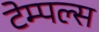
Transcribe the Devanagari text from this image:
टेम्पल्स